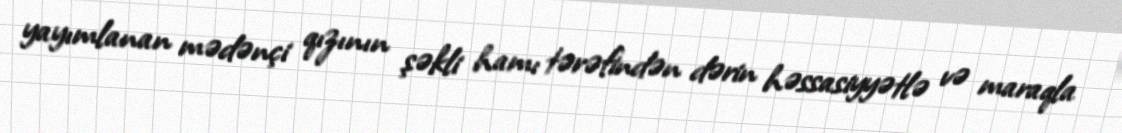
yayımlanan mədənçi qızının şəkli hamı tərəfindən dərin həssasiyyətlə və maraqla